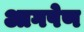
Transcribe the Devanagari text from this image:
आगपेण